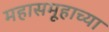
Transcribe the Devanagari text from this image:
महासमूहाच्या